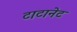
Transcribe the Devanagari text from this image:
टाटानेट